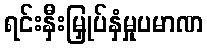
ရင်းနှီးမြှုပ်နှံမှုပမာဏ